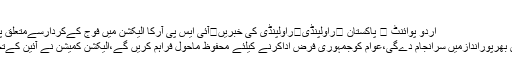
راولپنڈی
اُردو پوائنٹ ⬅ پاکستان ⬅راولپنڈی⬅راولپنڈی کی خبریں⬅آئی ایس پی آرکا الیکشن میں فوج کےکردارسےمتعلق پروموجاری فوج انتخابات ..
فوج انتخابات میں ذمہ داری بھرپوراندازمیں سرانجام دےگی،عوام کوجمہوری فرض اداکرنے کیلئے محفوظ ماحول فراہم کریں گے،الیکشن کمیشن نے آئین کےتحت معاونت حاصل کی ہے۔